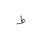
Letter: _da